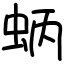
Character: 蛃